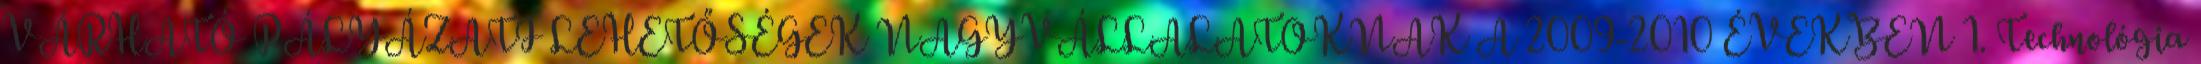
VÁRHATÓ PÁLYÁZATI LEHETŐSÉGEK NAGYVÁLLALATOKNAK A 2009-2010 ÉVEKBEN 1. Technológia